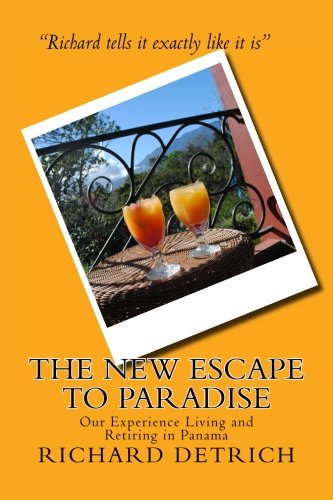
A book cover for The NEW Escape To Paradise: Our Experience Living & Retiring In Panama; Richard Detrich; Travel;